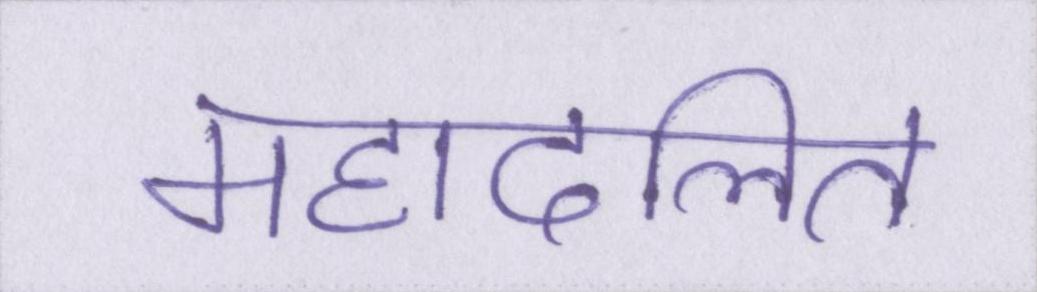
महादलित